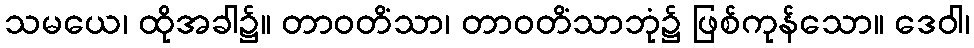
သမယေ၊ ထိုအခါ၌။ တာဝတိံသာ၊ တာဝတိံသာဘုံ၌ ဖြစ်ကုန်သော။ ဒေဝါ၊